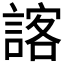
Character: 𮘨